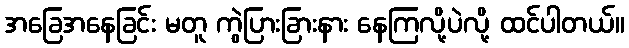
အခြေအနေခြင်း မတူ ကွဲပြားခြားနား နေကြလို့ပဲလို့ ထင်ပါတယ်။